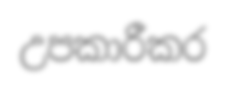
උපකාරීකර